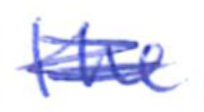
Text: the
Cross-out: scratch
Writing tool: ballpoint